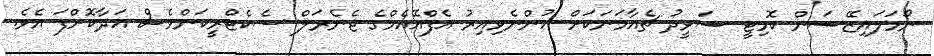
ނޯމަލައިޒޭޝަން ކޮމިޓީ ޝަވީދު ޗެއާމަނަކަށް ހުންނެވިއިރު އެފްއޭއެމްގެ ޖެނެރަލް ސެކެޓްރީކަންވެސް އަދާކޮށްފަ އެވެ.